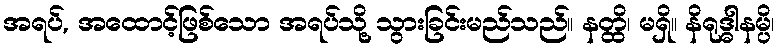
အရပ်, အထောင့်ဖြစ်သော အရပ်သို့ သွားခြင်းမည်သည်။ နတ္ထိ၊ မရှိ။ နိရုဒ္ဓါနမ္ပိ၊